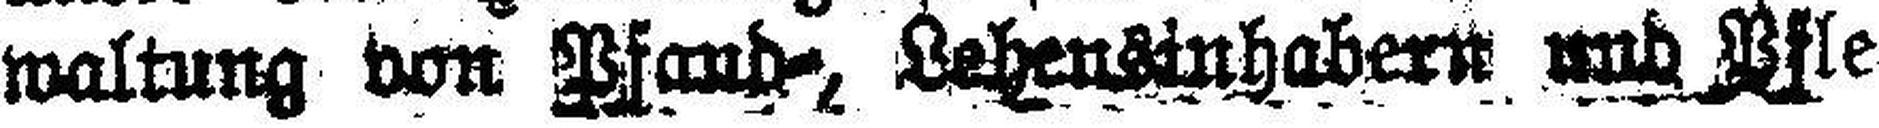
waltung von Pfand-, Lebensinhabern und Pfle¬